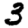
Digit: 3